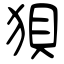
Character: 狽